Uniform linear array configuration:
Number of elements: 8
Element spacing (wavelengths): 0.5
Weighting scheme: uniform
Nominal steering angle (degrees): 15
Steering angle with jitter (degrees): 14.46
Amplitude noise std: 0.05
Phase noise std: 0.05

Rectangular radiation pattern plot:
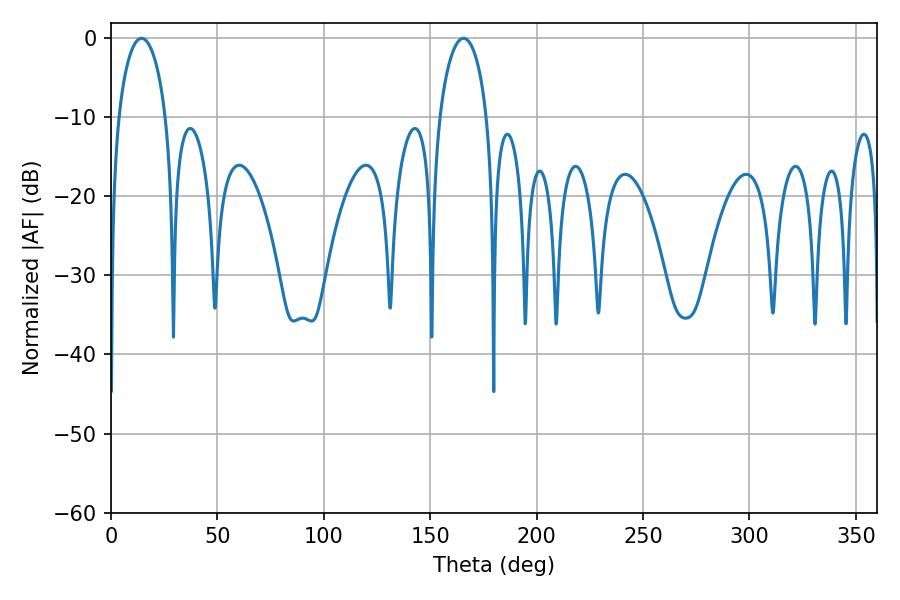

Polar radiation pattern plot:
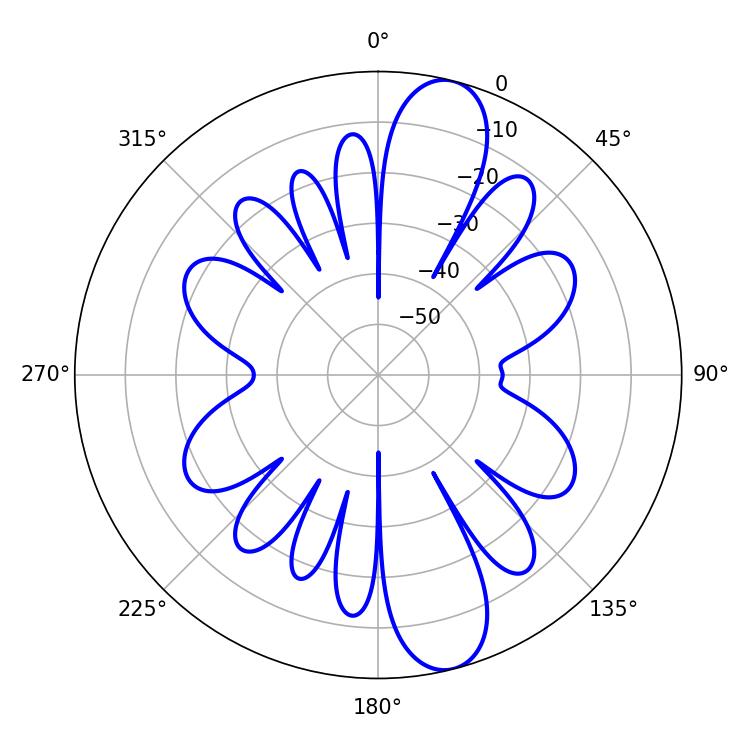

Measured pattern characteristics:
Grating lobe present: FALSE
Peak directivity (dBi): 12.111
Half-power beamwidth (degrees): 12.78
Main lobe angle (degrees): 14.4